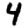
Digit: 4